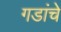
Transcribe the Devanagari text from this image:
गडांचे